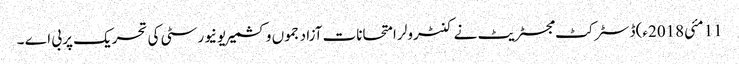
11 مئی2018ء) ڈسٹر کٹ مجسٹریٹ نے کنٹرولر امتحانات آزاد جموں وکشمیر یونیورسٹی کی تحریک پر بی اے ۔